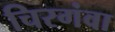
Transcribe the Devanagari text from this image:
चिरगंवा